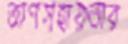
ত্রাণসহায়তার